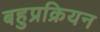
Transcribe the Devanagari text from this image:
बहुप्रक्रियन